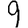
Digit: 9